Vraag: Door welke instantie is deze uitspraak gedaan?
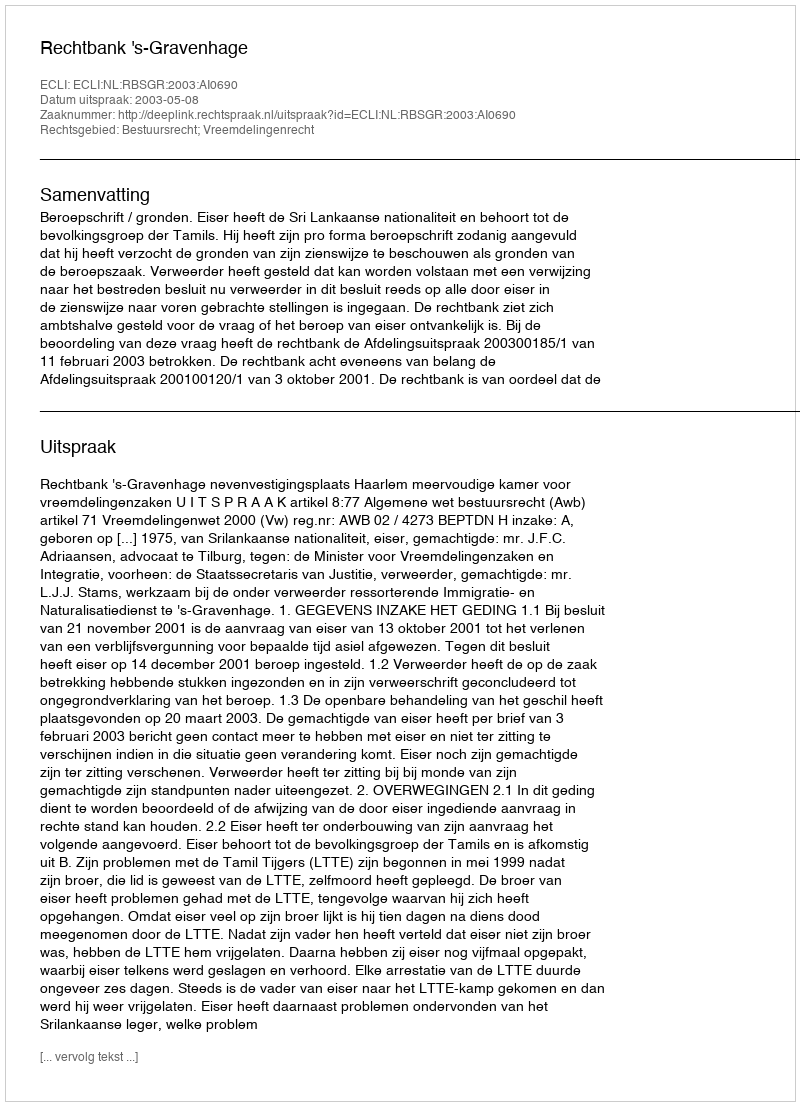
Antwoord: Rechtbank 's-Gravenhage